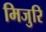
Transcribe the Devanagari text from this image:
मिजुरि